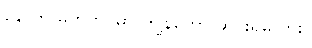
နောက် မှတ်တိုင်မှာ ကျွန်တော် ဆင်းရမလား။